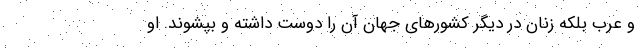
و عرب بلکه زنان در دیگر کشور‌های جهان آن را دوست داشته و بپشوند. او